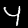
Digit: 4